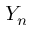
Y _ { n }